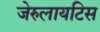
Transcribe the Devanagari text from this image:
जेरुलायटिस